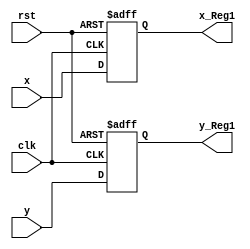
module Reg_xy_1_L7(x_Reg1,y_Reg1,clk,rst,x,y);
output reg [4:0] x_Reg1,y_Reg1;
input clk,rst;
input [4:0] x,y;

always @ (posedge clk or negedge rst)
	begin
		if (!rst )begin 
			x_Reg1<=0; y_Reg1<=0;end
		else  begin
			x_Reg1<=x; y_Reg1<=y;end
	end

endmodule